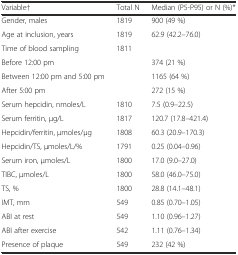
| Variable† | Total N | Median (P5-P95) or N (%)* |
 | --- | --- | --- |
 | Gender, males | 1819 | 900 (49 %) |
 | Age at inclusion, years | 1819 | 62.9 (42.2–76.0) |
 | Time of blood sampling | 1811 |  |
 | Before 12:00 pm |  | 374 (21 %) |
 | Between 12:00 pm and 5:00 pm |  | 1165 (64 %) |
 | After 5:00 pm |  | 272 (15 %) |
 | Serum hepcidin, nmoles/L | 1810 | 7.5 (0.9–22.5) |
 | Serum ferritin, μg/L | 1817 | 120.7 (17.8–421.4) |
 | Hepcidin/ferritin, μmoles/μg | 1808 | 60.3 (20.9–170.3) |
 | Hepcidin/TS, μmoles/L/% | 1791 | 0.25 (0.04–0.96) |
 | Serum iron, μmoles/L | 1800 | 17.0 (9.0–27.0) |
 | TIBC, μmoles/L | 1800 | 58.0 (46.0–75.0) |
 | TS, % | 1800 | 28.8 (14.1–48.1) |
 | IMT, mm | 549 | 0.85 (0.70–1.05) |
 | ABI at rest | 549 | 1.10 (0.96–1.27) |
 | ABI after exercise | 542 | 1.11 (0.76–1.34) |
 | Presence of plaque | 549 | 232 (42 %) |